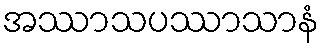
အဿာသပဿာသာနံ